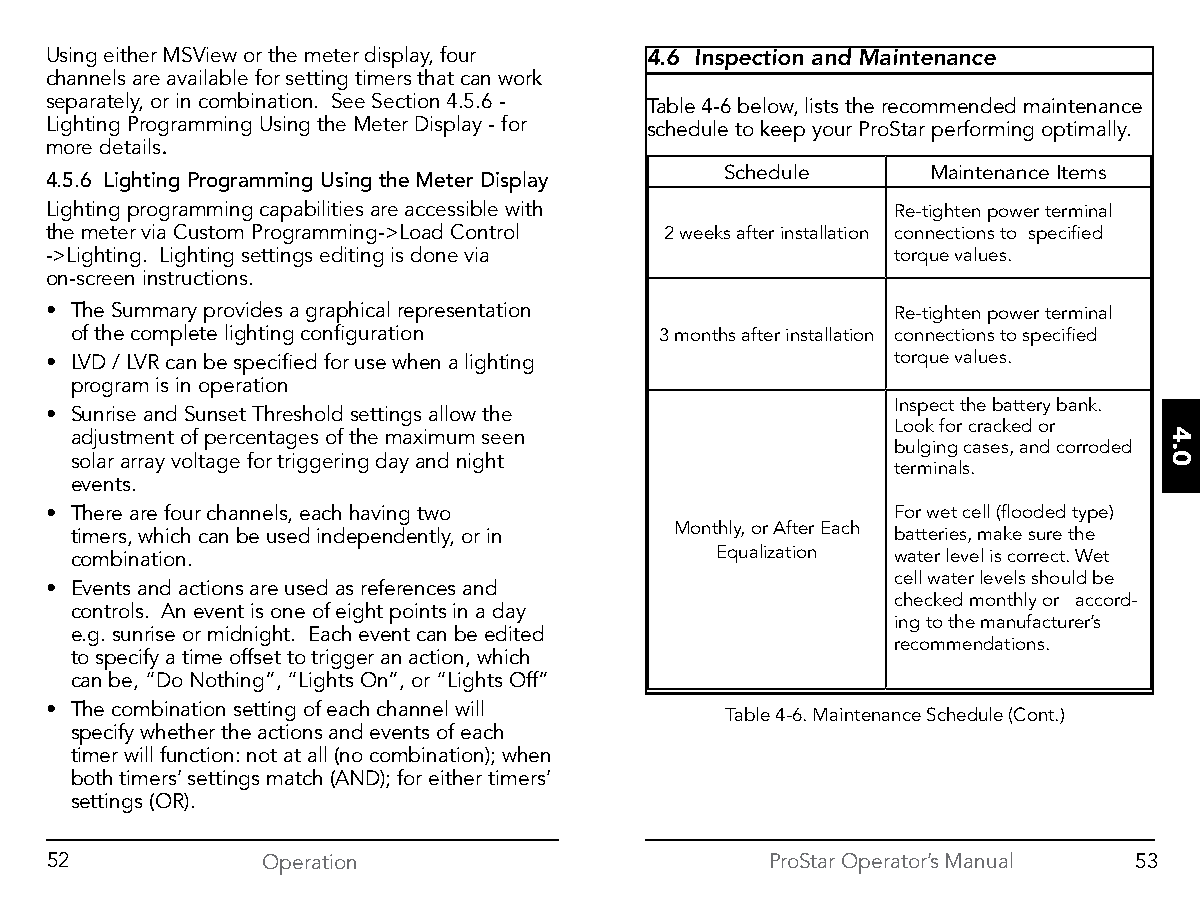
Using either MSView or the meter display, four 4.6 Inspection and Maintenance
 channels are available for setting timers that can work
 separately, or in combination. See Section 4.5.6 - Table 4-6 below, lists the recommended maintenance
 Lighting Programming Using the Meter Display - for schedule to keep your ProStar performing optimally.
 more details.
 Schedule      Maintenance Items
 4.5.6 Lighting Programming Using the Meter Display
 Lighting programming capabilities are accessible with   Re-tighten power terminal
 the meter via Custom Programming->Load Control 2 weeks after installation connections to specified
 ->Lighting. Lighting settings editing is done via       torque values.
 on-screen instructions.
 • The Summary provides a graphical representation       Re-tighten power terminal
 of the complete lighting configuration 3 months after installation connections to specified
 • LVD / LVR can be specified for use when a lighting    torque values.
 program is in operation
 Inspect the battery bank.
 • Sunrise and Sunset Threshold settings allow the
 Look for cracked or
 adjustment of percentages of the maximum seen
 bulging cases, and corroded
 solar array voltage for triggering day and night
 terminals.
 events.
 • There are four channels, each having two              For wet cell (flooded type)
 timers, which can be used independently, or in Monthly, or After Each batteries, make sure the
 combination.                              Equalization water level is correct. Wet
 cell water levels should be
 • Events and actions are used as references and
 checked monthly or accord-
 controls. An event is one of eight points in a day
 ing to the manufacturer’s
 e.g. sunrise or midnight. Each event can be edited
 recommendations.
 to specify a time offset to trigger an action, which
 can be, “Do Nothing”, “Lights On”, or “Lights Off”
 • The combination setting of each channel will
 Table 4-6. Maintenance Schedule (Cont.)
 specify whether the actions and events of each
 timer will function: not at all (no combination); when
 both timers’ settings match (AND); for either timers’
 settings (OR).
 52            Operation                         ProStar Operator’s Manual 53
 4.0